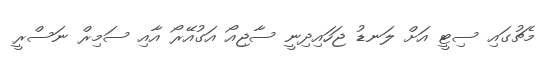
މެޗުގައި ސިޓީ އަށް ލަނޑު ޖަހައިދިނީ ސާޖިއޯ އަގުއޭރޯ އާއި ސަމިރް ނަސްރީ